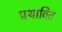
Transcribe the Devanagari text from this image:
प्रथावित